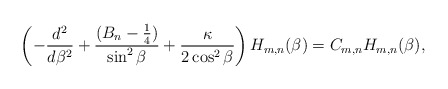
\begin{align*}\left( -\frac{d^{2}}{d\beta^{2}}+\frac{(B_n-\frac{1}{4})}{\sin ^{2}\beta}+\frac{\kappa}{2 \cos^2\beta } \right) H_{m,n} (\beta )=C_{m,n} H_{m,n} (\beta ), \end{align*}